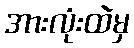
အားလုံးထဲမှ